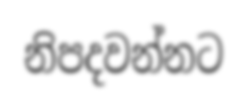
නිපදවන්නට